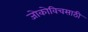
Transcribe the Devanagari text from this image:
जोकोविचसाठी